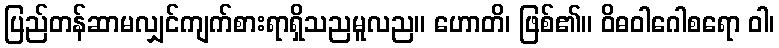
ပြည်တန်ဆာမလျှင်ကျက်စားရာရှိသညမူလည။ ဟောတိ၊ ဖြစ်၏။ ဝိဓဝါဂေါစရော ဝါ၊